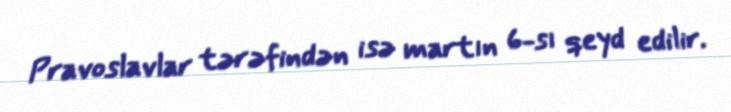
Pravoslavlar tərəfindən isə martın 6-sı qeyd edilir.